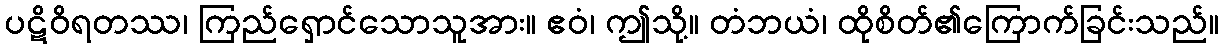
ပဋိဝိရတဿ၊ ကြည်ရှောင်သောသူအား။ ဧဝံ၊ ဤသို့။ တံဘယံ၊ ထိုစိတ်၏ကြောက်ခြင်းသည်။